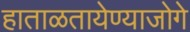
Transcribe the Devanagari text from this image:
हाताळतायेण्याजोगे